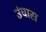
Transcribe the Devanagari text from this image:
उंचास